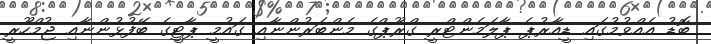
ބޮޑު އެއްވުމުގައި ޑީއާރުޕެ ޕާލަމެންޓްރީ ގްރޫޕްގެ މެންބަރުންނާއި ގައުމީ ޕާޓީގެ ބޭފުޅުންނާއި ޖުމްހޫރީ